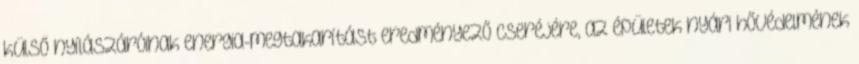
külső nyílászáróinak energia-megtakarítást eredményező cseréjére, az épületek nyári hővédelmének